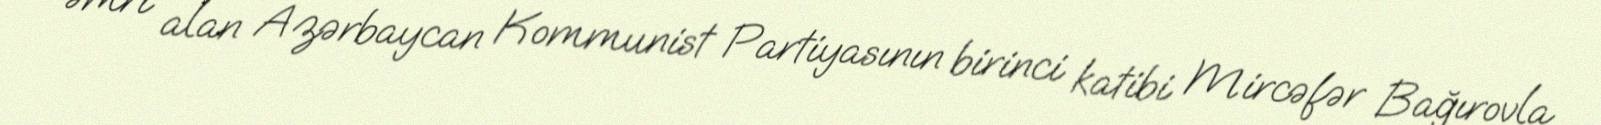
əmri alan Azərbaycan Kommunist Partiyasının birinci katibi Mircəfər Bağırovla